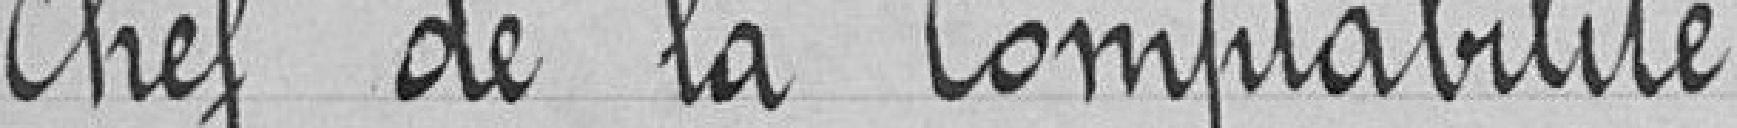
Chef de la Comptabilité.